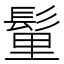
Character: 𩭇